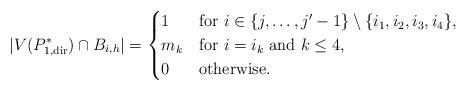
LaTeX: \begin{align*} |V(P^*_{1,{\rm dir}}) \cap B_{i,h}| & = \begin{cases}1& \textrm{for $i \in \{j, \dots, j'-1\} \setminus \{i_1, i_2, i_3, i_4 \}$},\\m_k& \textrm{for $i = i_k$ and $k \le 4$},\\0& \textrm{otherwise.} \end{cases}\end{align*}